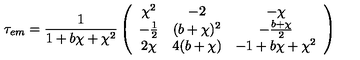
\tau _ { e m } = \frac { 1 } { 1 + b \chi + \chi ^ { 2 } } \left( \begin{array} { c c c } { \chi ^ { 2 } } & { - 2 } & { - \chi } \\ { - \frac { 1 } { 2 } } & { ( b + \chi ) ^ { 2 } } & { - \frac { b + \chi } { 2 } } \\ { 2 \chi } & { 4 ( b + \chi ) } & { - 1 + b \chi + \chi ^ { 2 } } \\ \end{array} \right)